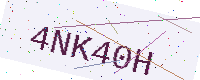
Text: 4NK40H